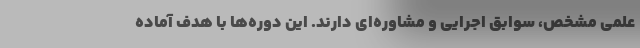
علمی مشخص، سوابق اجرایی و مشاوره‌ای دارند. این دوره‌ها با هدف آماده